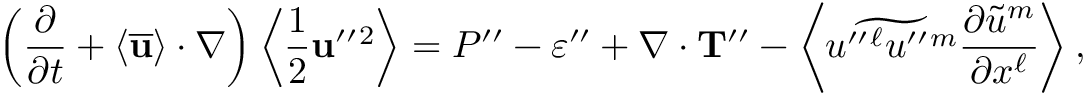
\left( { \frac { \partial } { \partial t } + \langle { \overline { { \bf { u } } } } \rangle \cdot \nabla } \right) \left\langle { \frac { 1 } { 2 } { \bf { u } } ^ { \prime \prime } { } ^ { 2 } } \right\rangle = P ^ { \prime \prime } - \varepsilon ^ { \prime \prime } + \nabla \cdot { \bf { T } } ^ { \prime \prime } - \left\langle { \widetilde { u ^ { \prime \prime } { } ^ { \ell } u ^ { \prime \prime } { } ^ { m } } \frac { \partial \widetilde { u } ^ { m } } { \partial x ^ { \ell } } } \right\rangle ,